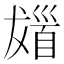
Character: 𩠖